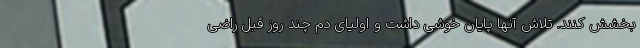
بخشش کنند. تلاش آنها پایان خوشی داشت و اولیای دم چند روز قبل راضی